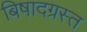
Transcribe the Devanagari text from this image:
बिषादग्रस्त